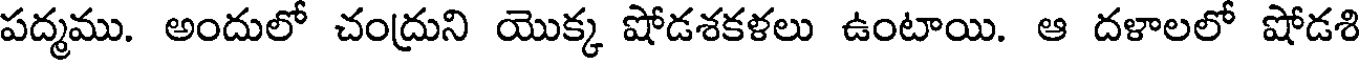
పద్మము. అందులో చంద్రుని యొక్క షోడశకళలు ఉంటాయి. ఆ దళాలలో షోడశి